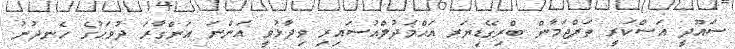
ސައޫދީ އަސްކަރީ ތަރްޖަމާން ބްރިގޭޑިޔަރ އަޙްމަދުލްއުސައިރި ވިދާޅުވީ އަންނަ އަންގާރަ ދުވަހުގެ ހެނދުނު